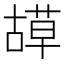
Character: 𦹯